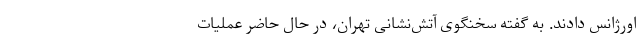
اورژانس دادند. به گفته سخنگوی آتش‌نشانی تهران، در حال حاضر عملیات